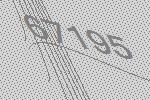
67195